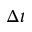
\Delta t